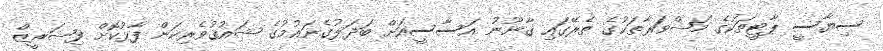
ސިޔާސީ ޕާޓީތަކުގެ މަޝްވަރާތަކުގެ ތެރޭގައި ޤާނޫނު އަސާސީއަށް ބަދަލުގެނައުމުގެ ޝައުޤުވެރިކަން ފާޅުކޮށް ފިޝަރީޒް